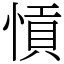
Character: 愩